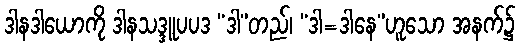
ဒါနဒါယောကို ဒါနသဒ္ဒူပပဒ “ဒါ”တည်၊ “ဒါ=ဒါနေ”ဟူသော အနက်၌